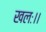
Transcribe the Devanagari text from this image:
खलः।।